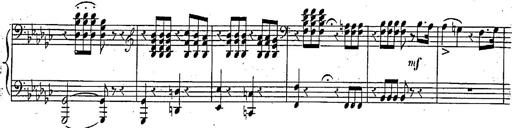
Title: Marche et Cavatine de Lucie de Lammermoor, S.398
Composer: Franz Liszt